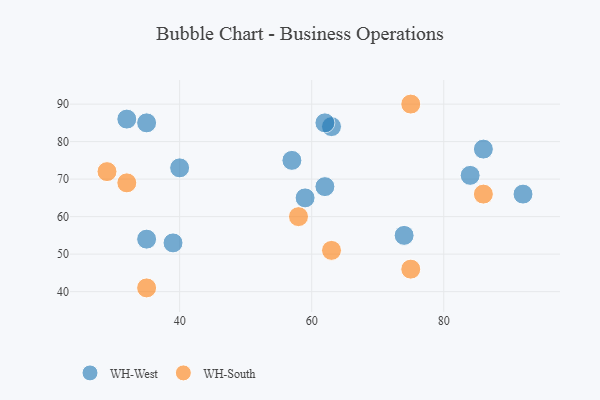
{"axis": {"x": "GDP", "y": "Life Expectancy"}, "legend": ["WH-South", "WH-West"], "data": [{"x": "39", "y": 53, "type": "WH-West"}, {"x": "63", "y": 84, "type": "WH-West"}, {"x": "74", "y": 55, "type": "WH-West"}, {"x": "62", "y": 85, "type": "WH-West"}, {"x": "62", "y": 68, "type": "WH-West"}, {"x": "32", "y": 86, "type": "WH-West"}, {"x": "40", "y": 73, "type": "WH-West"}, {"x": "35", "y": 54, "type": "WH-West"}, {"x": "92", "y": 66, "type": "WH-West"}, {"x": "59", "y": 65, "type": "WH-West"}, {"x": "86", "y": 78, "type": "WH-West"}, {"x": "35", "y": 85, "type": "WH-West"}, {"x": "84", "y": 71, "type": "WH-West"}, {"x": "57", "y": 75, "type": "WH-West"}, {"x": "75", "y": 90, "type": "WH-South"}, {"x": "35", "y": 41, "type": "WH-South"}, {"x": "32", "y": 69, "type": "WH-South"}, {"x": "29", "y": 72, "type": "WH-South"}, {"x": "75", "y": 46, "type": "WH-South"}, {"x": "63", "y": 51, "type": "WH-South"}, {"x": "58", "y": 60, "type": "WH-South"}, {"x": "86", "y": 66, "type": "WH-South"}]}